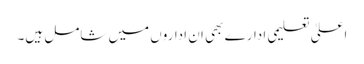
اعلیٰ تعلیمی ادارے بھی ان اداروں میں شامل ہیں۔